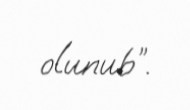
olunub”.